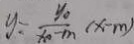
y = \frac { y _ { 0 } } { x _ { 0 } - m } ( x - m )